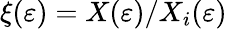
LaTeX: \xi(\varepsilon)=X(\varepsilon)/X_{i}(\varepsilon)